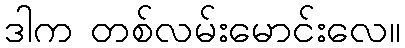
ဒါက တစ်လမ်းမောင်းလေ။